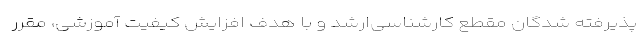
پذیرفته شدگان مقطع کارشناسی‌ارشد و با هدف افزایش کیفیت آموزشی، مقرر